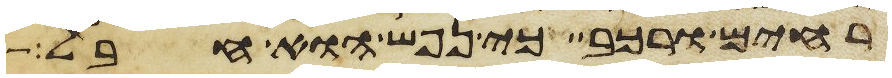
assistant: רחים ורכב כי נפש הוא חבל